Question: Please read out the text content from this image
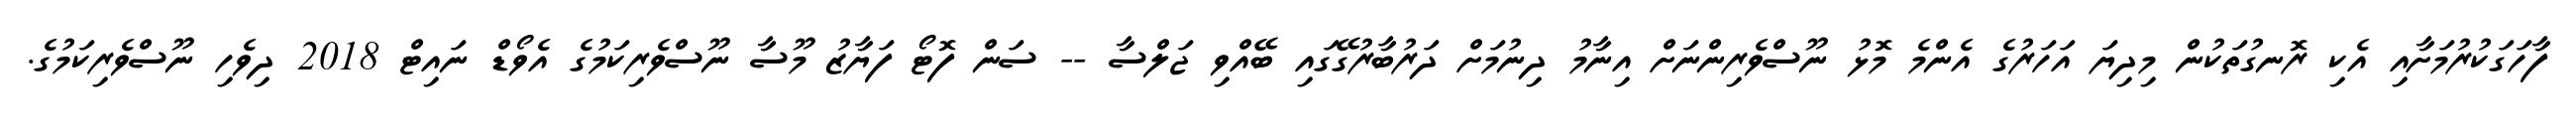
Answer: ފާހަގަކުރުމަށާއި އެކި ރޮނގުތަކުން މިދިޔަ އަހަރުގެ އެންމެ މޮޅު ނޫސްވެރިންނަށް އިނާމު ދިނުމަށް ދަރުބާރުގޭގައި ބޭއްވި ޖަލްސާ -- ސަން ފޮޓޯ ފަޔާޒު މޫސާ ނޫސްވެރިކަމުގެ އެވޯޑް ނައިޓް 2018 ދިވެހި ނޫސްވެރިކަމުގެ.